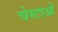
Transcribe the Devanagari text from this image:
चेस्टाओं